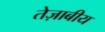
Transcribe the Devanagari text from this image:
तेज़ाबीय